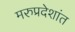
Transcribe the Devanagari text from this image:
मरुप्रदेशांत